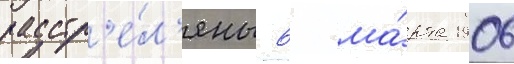
расстр'е́л'яны 6 ма́рта 1906